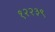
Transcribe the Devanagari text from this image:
१२२३९